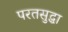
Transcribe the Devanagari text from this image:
परतसुद्धा